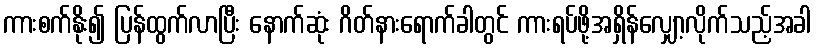
ကားစက်နိုး၍ ပြန်ထွက်လာပြီး နောက်ဆုံး ဂိတ်နားရောက်ခါတွင် ကားရပ်ဖို့အရှိန်လျှော့လိုက်သည့်အခါ